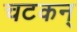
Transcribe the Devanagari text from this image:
चटकन्